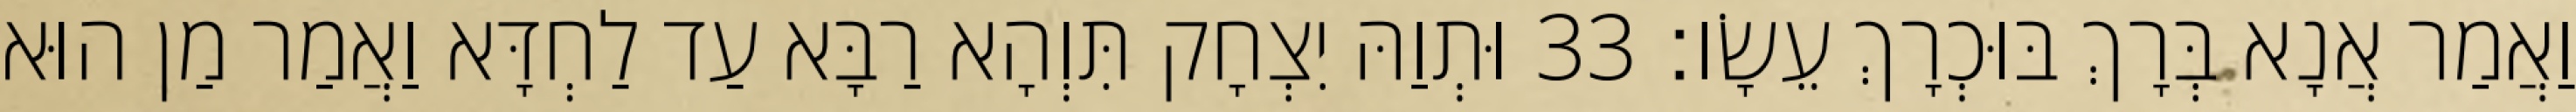
וַאֲמַר אֲנָא בְּרָךְ בּוּכְרָךְ עֵשָׂו׃ 33 וּתְוַהּ יִצְחָק תִּוְהָא רַבָּא עַד לַחְדָּא וַאֲמַר מַן הוּא